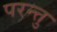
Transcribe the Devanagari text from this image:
परन्त्तु